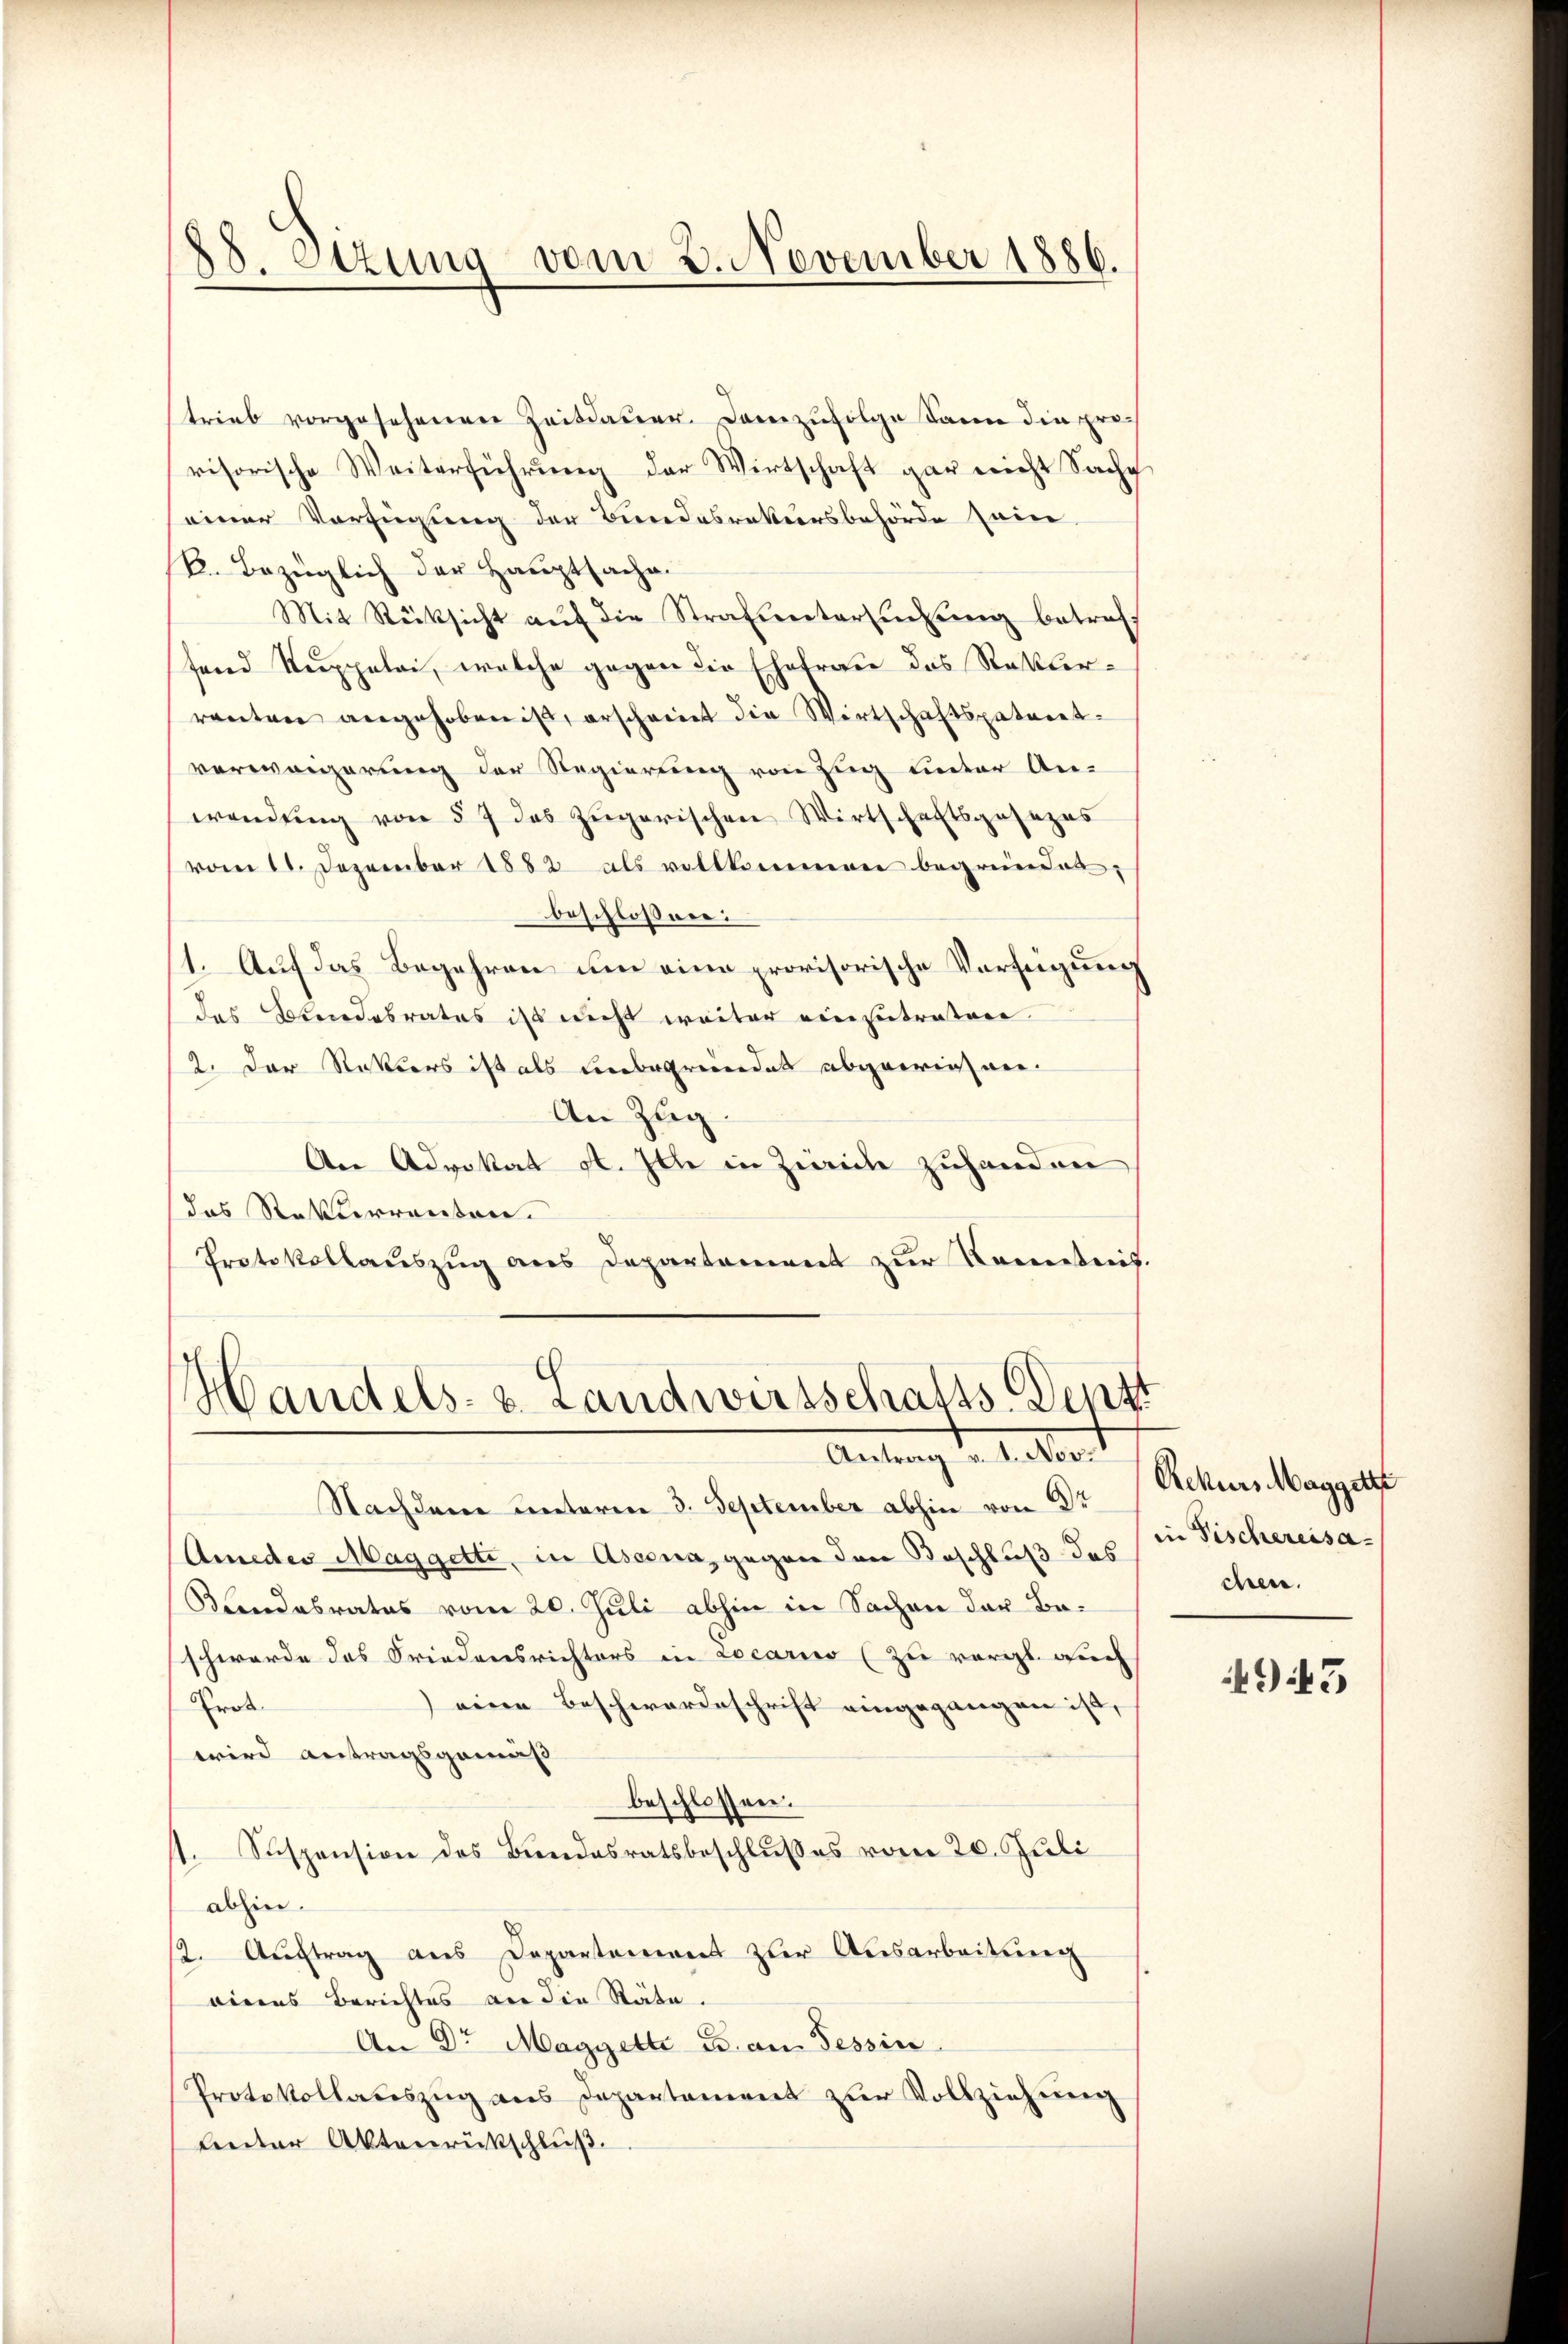
38. Stzung vom 2. November 1886.

trieb vorgesehenen Zeitdauer. Demzufolge kann die provisorische Weiterführŭng der Wirtschaft gar nicht Sachg
seiner Verfügung der Bundesrekursbehörde seien.
B. Bezüglich der Hauptsache.
Mit Rücksicht aŭf die Strafuntersuchung betreff
fand Ruppelai, welche gegen die Ehefrau das Rekurranten angehoben ist, erscheint die Wirtschaftspatent-
verweigerung der Regierung von Zug unter An-
wendŭng von § 7 das zŭgerischen Wirtschaftsgesezes
vom 11. Dezember 1882 als vollkommen begründet,
beschlossen:
11. Auf das Begehren um eine provisorische Verfügung
das Bundesrates ist nicht weiter einzutratore.
2. Der Rektors ist als unbegründet abgewiesen.
An Zug.
An Advokat St. Ich in Zwicke zuhanden
das Rekurrenten.
Protokollauszug aus Departement zur Kenntnis.

Handels- u. Landwirtschafts-Dentt
Antrag v. 1. Nov.

Nachdene unteren 3. September abhin von Dr
Amedes Maggetti, in Aseena, gegen den Beschluß des
Bandabrates vom 20. Juli abhin in Sachen der Beschwerde das Friedensrichters in Locario (zu vergl. auch
Prok
) eine Beschwordeschrift eingegangen ist,
wird antragsgemäß
beschlossen.
1. Suspension des Bundesratsbeschlußes vom 20. Juli
abhin.
(2. Aŭftrag aus Departement zur Ausarbeitŭng
eines Berichtes an die Räte.
An Dr Maggetta B. an Tessin
Protokollateszug aus Departament zŭr Vollziehung
Lnter Aktenrückschluß.

Rekurs Maggett
in Tischereisa
chen.

943